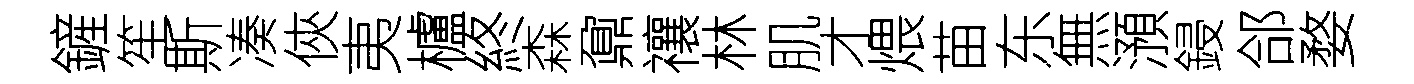
鏟笙斯凑俠夷櫨終森鼐禳林肌才煨苗东無澦鋟郃婺